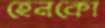
হেনকো